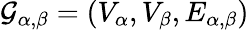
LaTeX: \mathcal{G}_{\alpha,\beta}=(V_{\alpha},V_{\beta},E_{\alpha,\beta})